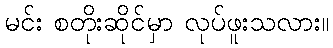
မင်း စတိုးဆိုင်မှာ လုပ်ဖူးသလား။